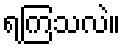
ရကြသလဲ။